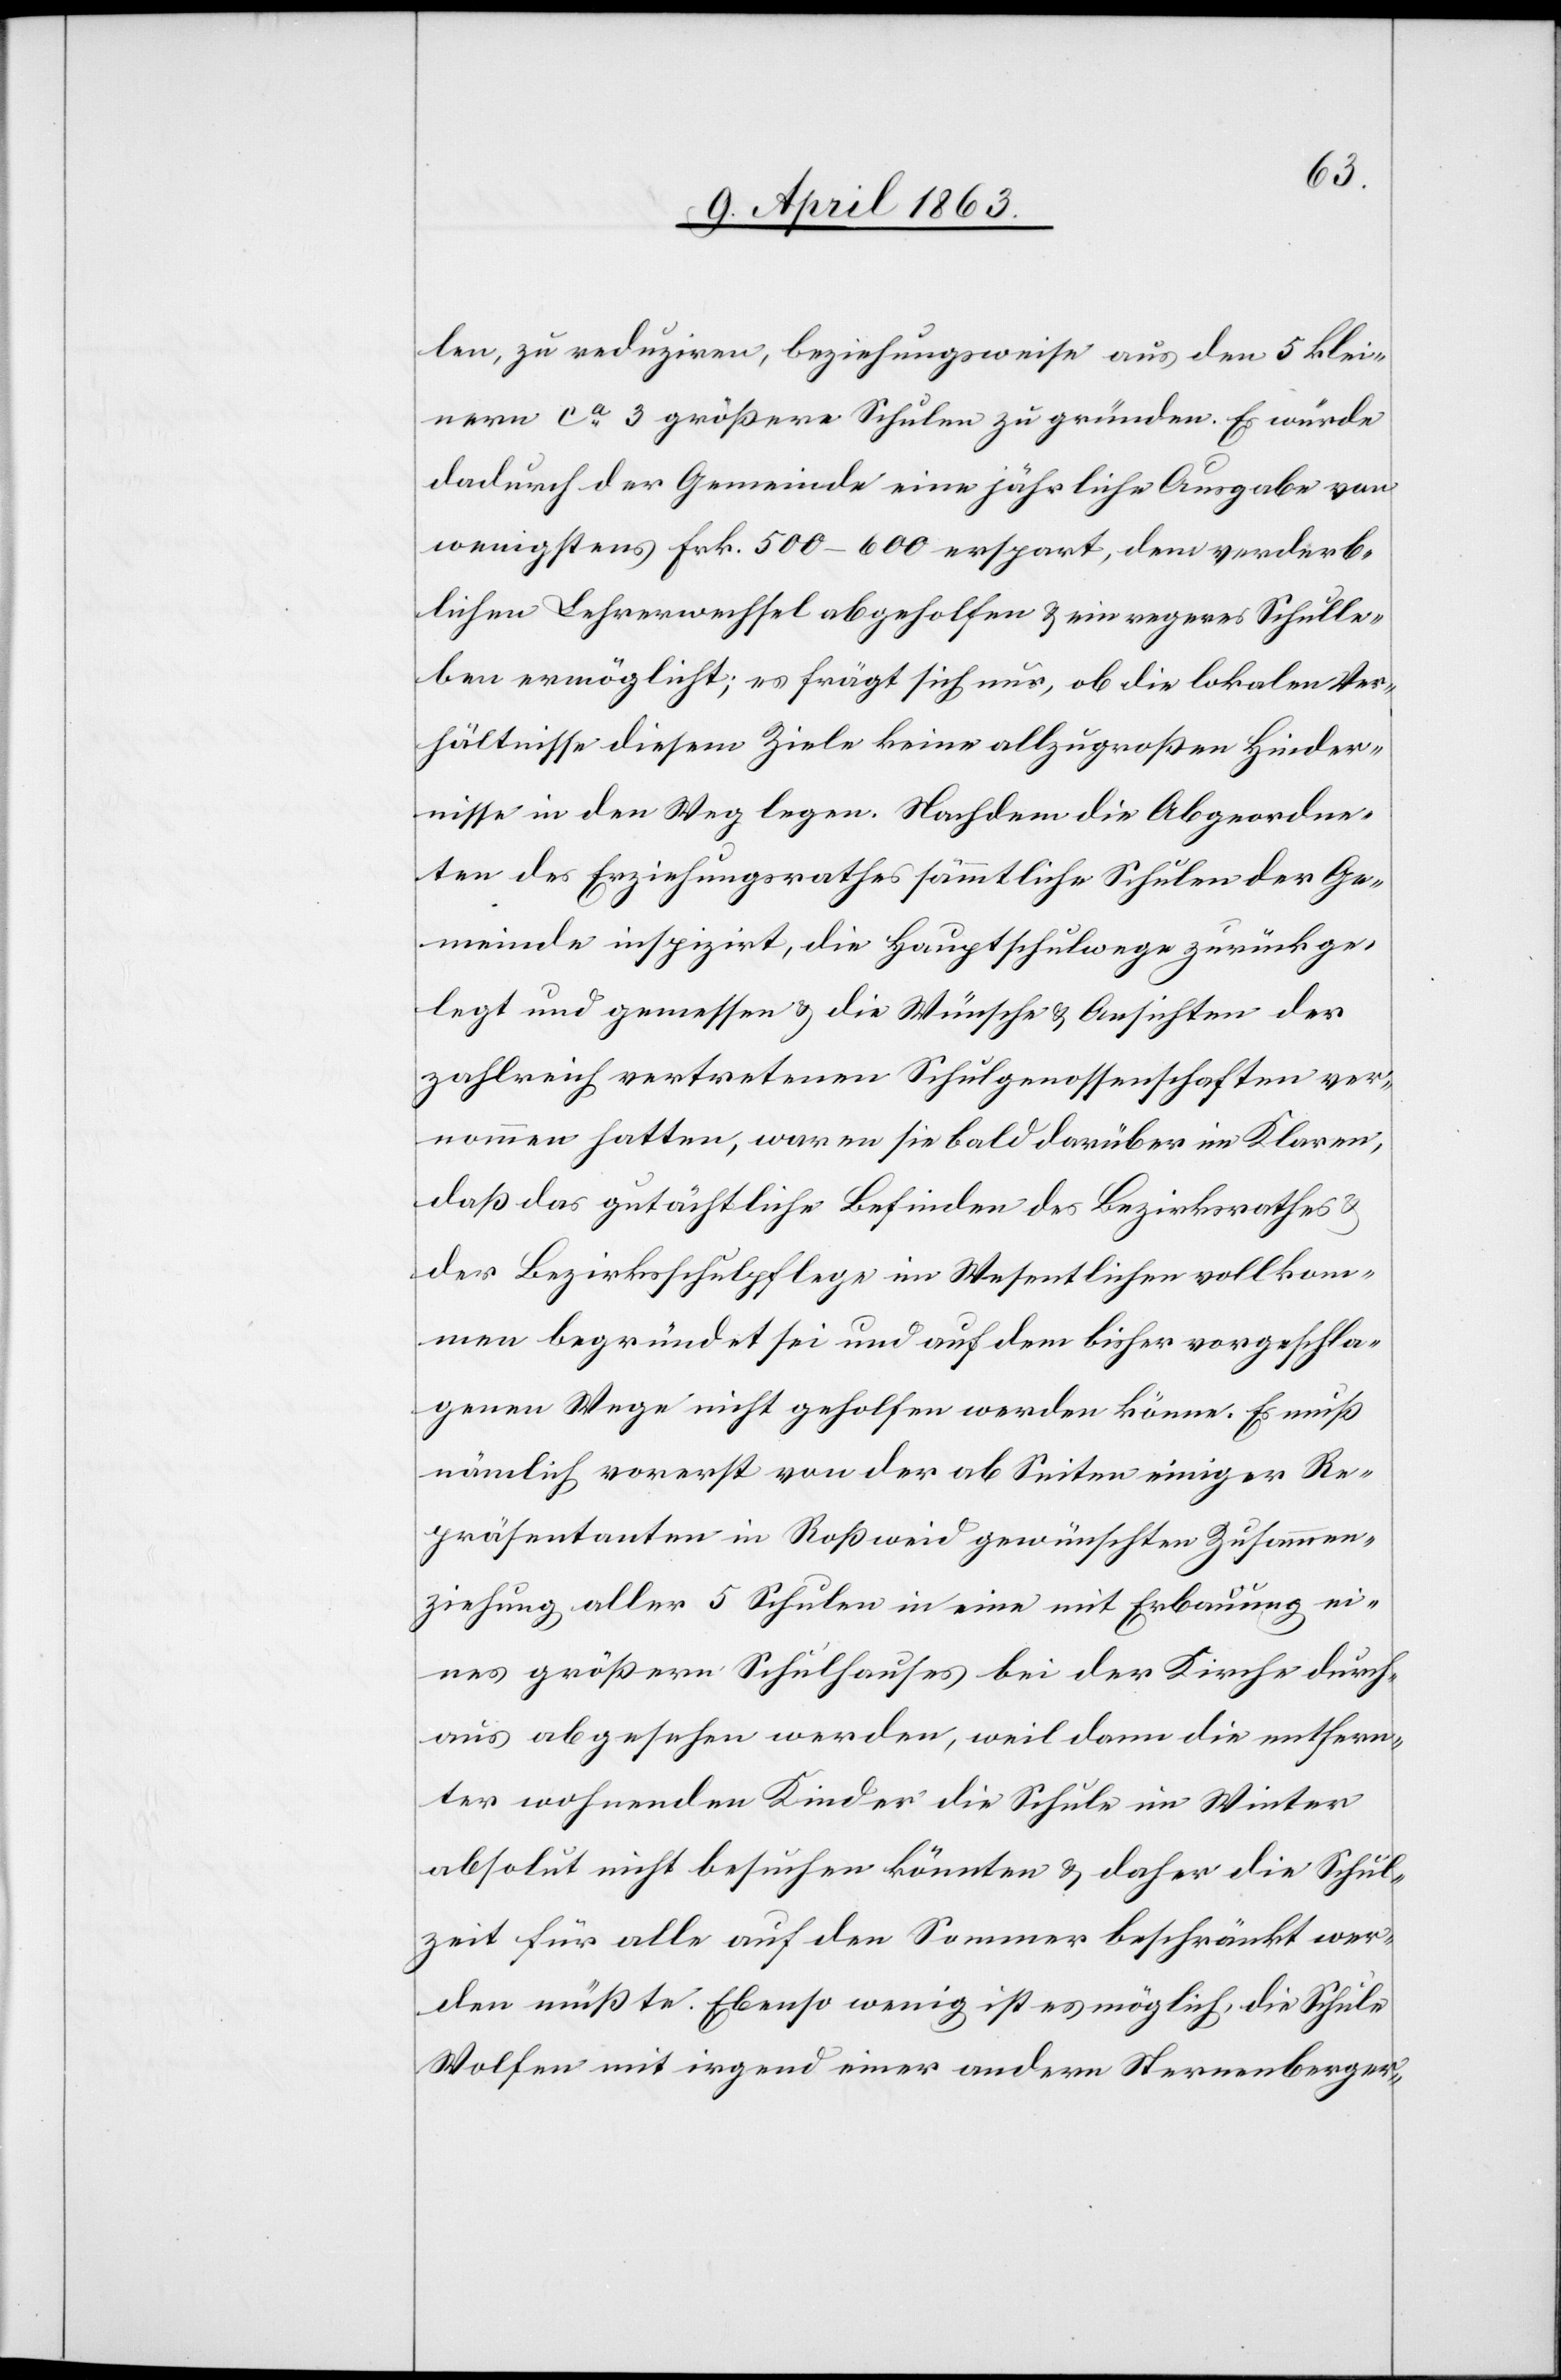
len, zu reduziren, beziehungsweise aus den 5 klei¬
nern ca 3 größere Schulen zu gründen. Es würde
dadurch der Gemeinde eine jährliche Ausgabe von
wenigstens Frk. 500–600 erspart, dem verderb¬
lichen Lehrerwechsel abgeholfen & ein regeres Schulle¬
ben ermöglicht; es frägt sich nur, ob die lokalen Ver¬
hältnisse diesem Ziele keine allzugroßen Hinder¬
nisse in den Weg legen. Nachdem die Abgeordne¬
ten des Erziehungsrathes sämmtliche Schulen der Ge¬
meinde inspizirt, die Hauptschulwege zurückge¬
legt und gemessen & die Wünsche & Ansichten der
zahlreich vertretenen Schulgenossenschaften ver¬
nommen hatten, waren sie bald darüber im Klaren,
daß das gutächtliche Befinden des Bezirksrathes &
der Bezirksschulpflege im Wesentlichen vollkom¬
men begründet sei und auf dem bisher vorgeschla¬
genen Wege nicht geholfen werden könne. Es muß
nämlich vorerst von der ab Seiten einiger Re¬
präsentanten in Roßweid gewünschten Zusammen¬
ziehung aller 5 Schulen in eine mit Erbauung ei¬
nes größern Schulhauses bei der Kirche durch¬
aus abgesehen werden, weil dann die entfern¬
ter wohnenden Kinder die Schule im Winter
absolut nicht besuchen könnten & daher die Schul¬
zeit für alle auf den Sommer beschränkt wer¬
den müßte. Ebenso wenig ist es möglich, die Schule
Wolfen mit irgend einer andern Sternenberger-